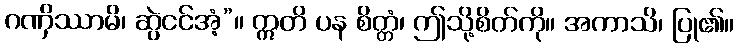
ဂဏှိဿာမိ၊ ဆွဲငင်အံ့”။ ဣတိ ပန စိတ္တံ၊ ဤသို့စိတ်ကို။ အကာသိ၊ ပြု၏။